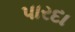
પારદા